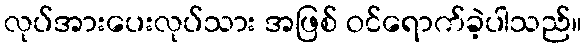
လုပ်အားပေးလုပ်သား အဖြစ် ဝင်ရောက်ခဲ့ပါသည်။